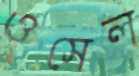
ওসেল